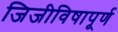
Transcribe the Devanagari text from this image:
जिजीविषापूर्ण